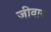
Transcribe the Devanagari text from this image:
जीवाय